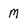
Character: M